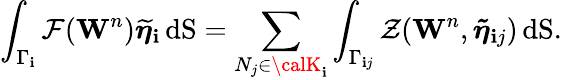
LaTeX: \int_{\Gamma_{\mathbf{i}}}\mathbf{{\mathcal{{F}}}}(\mathbf{{W}}^{n})\boldsymbol{\widetilde{{\eta}}}_{\mathbf{i}}\, \mathrm{{dS}}=\displaystyle\sum_{N_{j}\in{\calK}_{\mathbf{i}}}\displaystyle\int_{\Gamma_{\mathbf{i}j}}{\mathcal{{Z}}}(\mathbf{{W}}^{n},{\boldsymbol{\tilde{{\eta}}}}_{\mathbf{i}j})\, \mathrm{{dS}}.